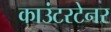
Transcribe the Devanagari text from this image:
काउंटरटेनर